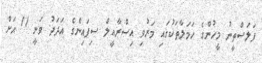
ފަލަސްތީނު މީހުންގެ ހަމަލާތަކުގައި މަރުވި އިސްރާއީލް ސިފައިންގެ އަދަދު ވަނީ 11 އަށް